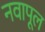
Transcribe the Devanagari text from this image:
नवापूल